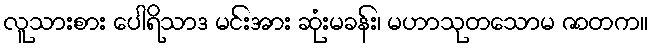
လူသားစား ပေါရိသာဒ မင်းအား ဆုံးမခန်း၊ မဟာသုတသောမ ဇာတက။